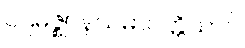
ပဌမဇ္ဈာနသမာပတ္တိယာပိ